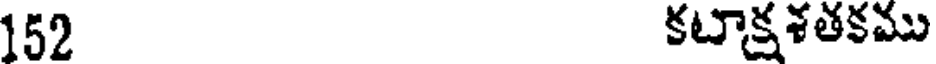
152 కటాక్షశతకము